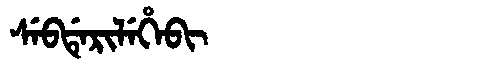
Manchu: ᠰᡝᠪᡩᡝᡵᡳᠯᡝᡥᡝᠪᡳ
Romanization: SEBDERILEHEBI